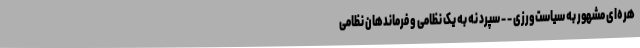
هره‌ای مشهور به سیاست‌ورزی - - سپرد نه به یک نظامی و فرماندهان نظامی